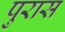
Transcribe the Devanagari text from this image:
पुरास